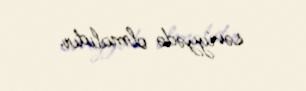
səviyyədə olmalıdır.